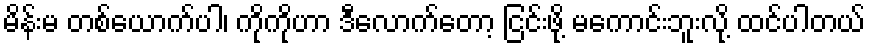
မိန်းမ တစ်ယောက်ပါ၊ ကိုကိုဟာ ဒီလောက်တော့ ငြင်းဖို့ မကောင်းဘူးလို့ ထင်ပါတယ်